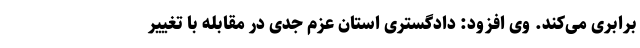
برابری می‌کند. وی افزود: دادگستری استان عزم جدی در مقابله با تغییر